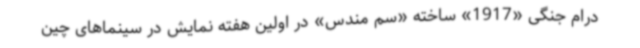
درام جنگی «1917» ساخته «سم مندس» در اولین هفته نمایش در سینماهای چین